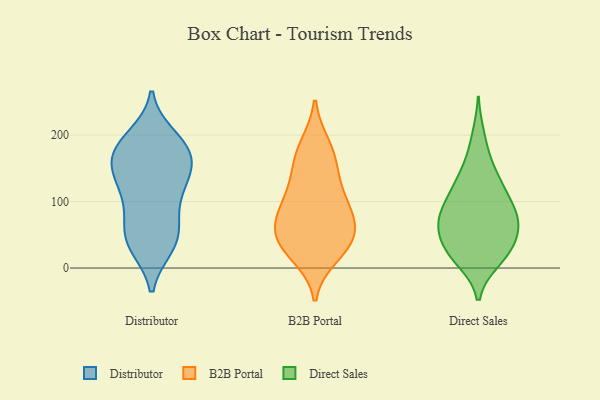
{"axis": {"x": "Website Visitors", "y": "Value"}, "legend": ["B2B Portal", "Direct Sales", "Distributor"], "data": [{"x": "", "y": 156, "type": "Distributor"}, {"x": "", "y": 64, "type": "Distributor"}, {"x": "", "y": 185, "type": "Distributor"}, {"x": "", "y": 86, "type": "Distributor"}, {"x": "", "y": 120, "type": "Distributor"}, {"x": "", "y": 185, "type": "Distributor"}, {"x": "", "y": 141, "type": "Distributor"}, {"x": "", "y": 63, "type": "Distributor"}, {"x": "", "y": 119, "type": "Distributor"}, {"x": "", "y": 142, "type": "Distributor"}, {"x": "", "y": 162, "type": "Distributor"}, {"x": "", "y": 167, "type": "Distributor"}, {"x": "", "y": 46, "type": "Distributor"}, {"x": "", "y": 192, "type": "Distributor"}, {"x": "", "y": 32, "type": "Distributor"}, {"x": "", "y": 198, "type": "Distributor"}, {"x": "", "y": 167, "type": "Distributor"}, {"x": "", "y": 33, "type": "Distributor"}, {"x": "", "y": 34, "type": "Distributor"}, {"x": "", "y": 112, "type": "Distributor"}, {"x": "", "y": 43, "type": "B2B Portal"}, {"x": "", "y": 86, "type": "B2B Portal"}, {"x": "", "y": 151, "type": "B2B Portal"}, {"x": "", "y": 65, "type": "B2B Portal"}, {"x": "", "y": 95, "type": "B2B Portal"}, {"x": "", "y": 126, "type": "B2B Portal"}, {"x": "", "y": 183, "type": "B2B Portal"}, {"x": "", "y": 34, "type": "B2B Portal"}, {"x": "", "y": 39, "type": "B2B Portal"}, {"x": "", "y": 20, "type": "B2B Portal"}, {"x": "", "y": 54, "type": "B2B Portal"}, {"x": "", "y": 94, "type": "B2B Portal"}, {"x": "", "y": 172, "type": "B2B Portal"}, {"x": "", "y": 73, "type": "Direct Sales"}, {"x": "", "y": 59, "type": "Direct Sales"}, {"x": "", "y": 121, "type": "Direct Sales"}, {"x": "", "y": 163, "type": "Direct Sales"}, {"x": "", "y": 79, "type": "Direct Sales"}, {"x": "", "y": 74, "type": "Direct Sales"}, {"x": "", "y": 96, "type": "Direct Sales"}, {"x": "", "y": 12, "type": "Direct Sales"}, {"x": "", "y": 70, "type": "Direct Sales"}, {"x": "", "y": 24, "type": "Direct Sales"}, {"x": "", "y": 108, "type": "Direct Sales"}, {"x": "", "y": 50, "type": "Direct Sales"}, {"x": "", "y": 28, "type": "Direct Sales"}, {"x": "", "y": 130, "type": "Direct Sales"}, {"x": "", "y": 198, "type": "Direct Sales"}, {"x": "", "y": 47, "type": "Direct Sales"}, {"x": "", "y": 136, "type": "Direct Sales"}, {"x": "", "y": 83, "type": "Direct Sales"}, {"x": "", "y": 22, "type": "Direct Sales"}, {"x": "", "y": 15, "type": "Direct Sales"}]}